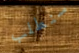
سنطلب